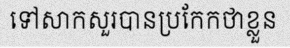
ទៅសាកសួរបានប្រកែកថាខ្លួន